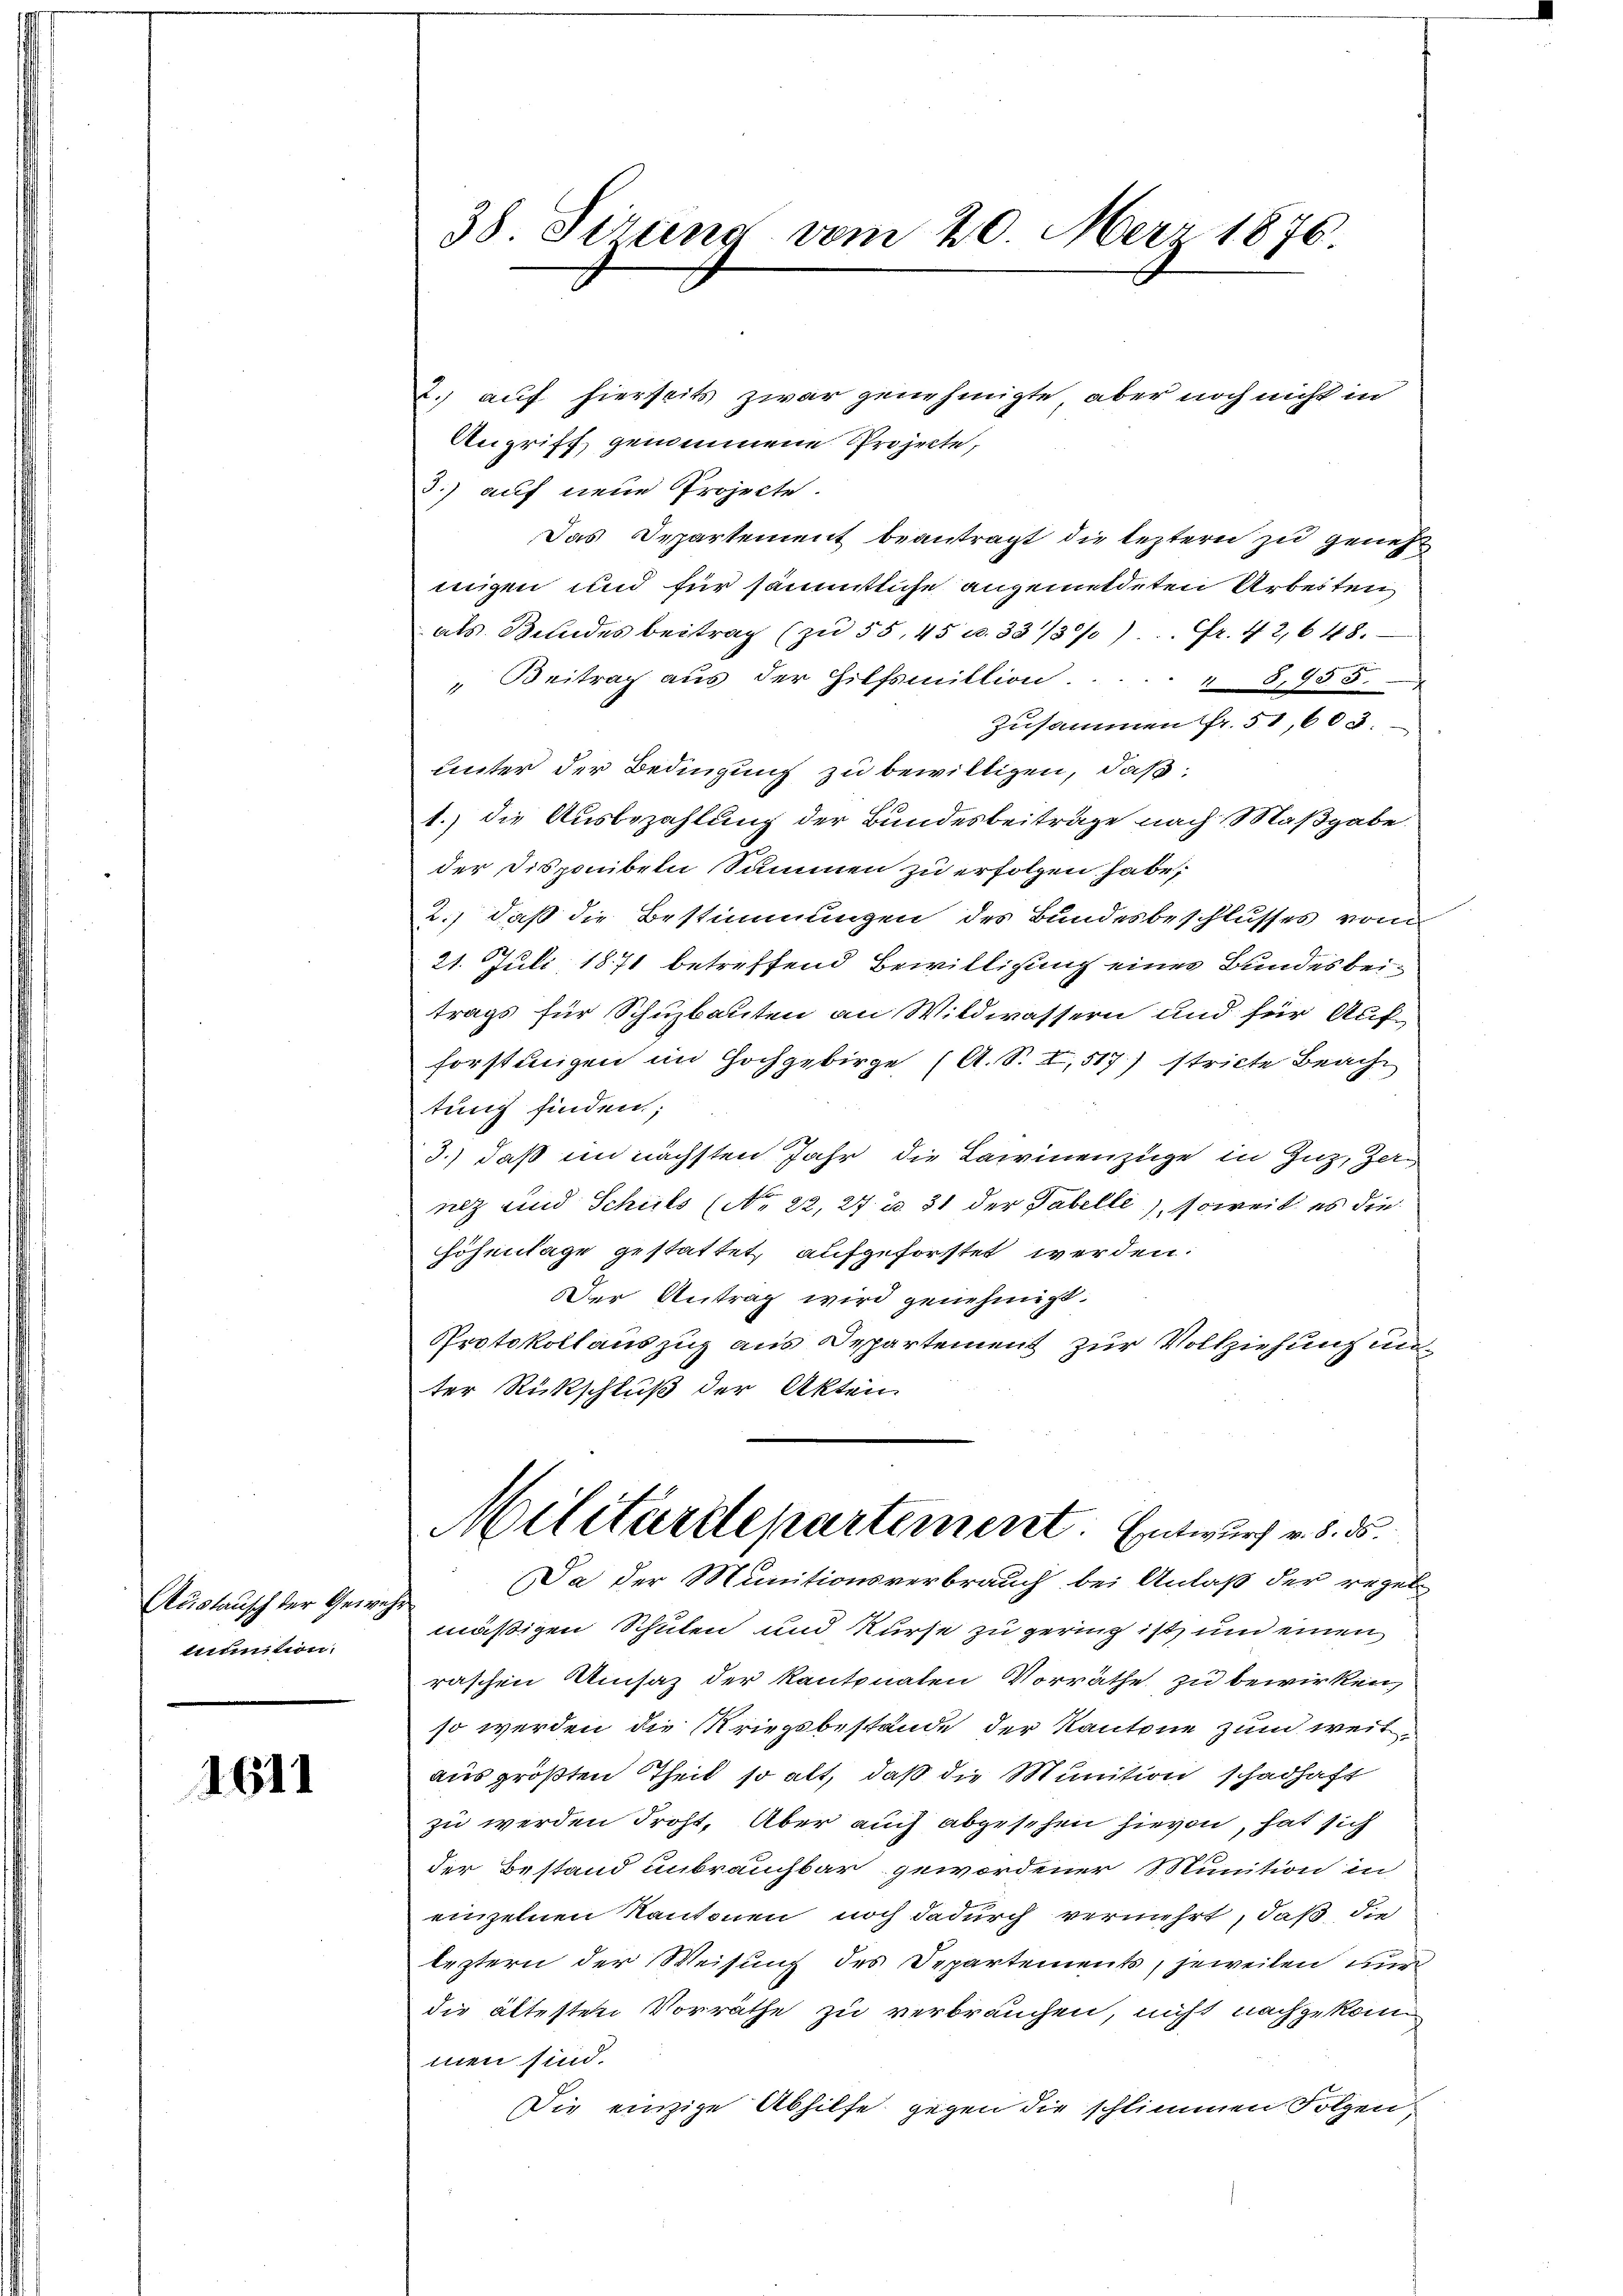
Austausch der Gewegmunition.

1611

38. Sizung vom 20. März 1876

2.) auf hierseits zwar genehmigte, aber noch nicht in
Angriff genommene Projecte,
3.) auf neue Projecte.
Das Departement beantragt die leztern zu geneh
migen und für sämmtliche angemeldeten Arbeiten
als Bundes beitrag (zu 55, 45 u. 33/3%). Fr. 4 2,648.
" Beitrag aus der Hilfsmittion . . . . . " 8,955.
zusammen fr. 51, 603.
unter der Bedingung zu bewilligen, daß:
1.) die Ausbezahlung der Bundesbeiträge nach Maßgabe
der Disponibeln Summen zu erfolgen habe,
2.) daß die Bestimmungen des Bundesbeschlusses vom
21. Juli 1871 betreffend Bewilligung eines Bundesbeitrags für Schuzbauten an Wildwassern und für Auf-
forstungen im Hochgebirge (A. S. I, 517) stricte Beachtung finden;
3.) daß im nächsten Jahr die Lawinenzüge in Zuz, Zernez und Schuls (No 22, 27 u. 31 der Tabelle), soweit es die
höhenlage gestattet, aufgeforstet werden.
Der Antrag wird genehmigt.
Protokoll auszug aus Departement zur Vollziehung un
ter Rückschluß der Akten.
Militärdepartement. Entwurf v. 8. ds.
Da der Munitionsverbrauch bei Anlaß der regel
mäßigen Schulen und Kurse zu gering ist, um einen
raschen Umsaz der Kantonalen Vorräthe zu bewirken,
so werden die Kriegsbestände der Kantone zum weitaus größten Theil so alt, daß die Munition schadhaft
zu werden droht. Aber auch abgesehen hievon, hat sich
der Bestand unbrauchbar gewordener Munition in
einzelnen Kantonen noch dadurch vernührt, daß die
leztern der Weisung des Departements, jeweilen nur
die ältesten Vorräthe zu verbrauchen, nicht nachzukom
men sind.
Die einzige Abhilfe gegen die schlimmen Folgen